Annual report on the working of the mental hospitals in the Madras Presidency - 1912-1932
Year: 1912
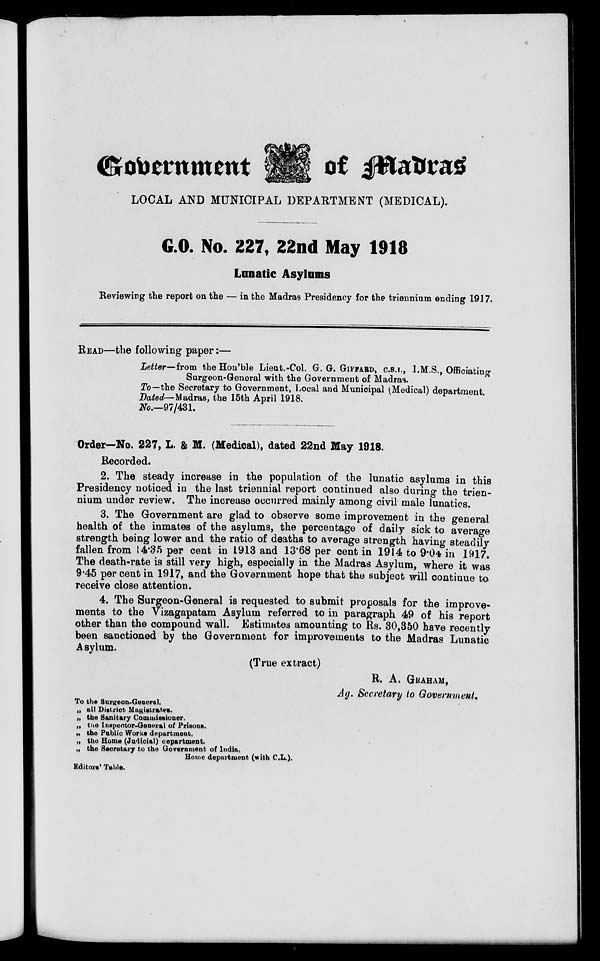
Government
of Madras
LOCAL AND MUNICIPAL DEPARTMENT (MEDICAL).
G.O. No. 227, 22nd May 1918
Lunatic Asylums
Reviewing the report on the — in the Madras Presidency for the triennium ending 1917.
READ—the following paper:—
Letter—from the Hon'ble Lieut.-Col. G. G. GIFFARD, C.S.I., I.M.S., Officiating
Surgeon-General with the Government of Madras.
To—the Secretary to Government, Local and Municipal (Medical) department.
Dated— Madras, the 15th April 1918.
No.—97/431.
Order—No. 227, L. & M. (Medical), dated 22nd May 1918.
Recorded.
2. The steady increase in the population of the lunatic asylums in this
Presidency noticed in the last triennial report continued also during the trien-
nium under review. The increase occurred mainly among civil male lunatics.
3. The Government are glad to observe some improvement in the general
health of the inmates of the asylums, the percentage of daily sick to average
strength being lower and the ratio of deaths to average strength having steadily
fallen from 14.35 per cent in 1913 and 13.68 per cent in 1914 to 9.04 in 1917.
The death-rate is still very high, especially in the Madras Asylum, where it was
9.45 per cent in 1917, and the Government hope that the subject will continue to
receive close attention.
4. The Surgeon-General is requested to submit proposals for the improve-
ments to the Vizagapatam Asylum referred to in paragraph 49 of his report
other than the compound wall. Estimates amounting to Rs. 30,350 have recently
been sanctioned by the Government for improvements to the Madras Lunatic
Asylum.
(True extract)
R. A. GRAHAM,
Ag. Secretary to Government.
To the Surgeon-General.
„ all District Magistrates.
„ the Sanitary Commissioner.
„ the Inspector-General of Prisons.
„ the Public Works department.
„ the Home (Judicial) department.
„ the Secretary to the Government of India,
Home department (with C.L.).
Editors' Table.